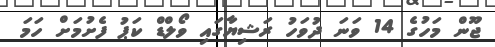
ޖޫން މަހުގެ 14 ވަނަ ދުވަހު ރަޝިޔާގައި ވޯލްޑް ކަޕު ފެށުމަށް ހަމަ